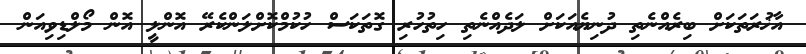
އާޚުރަތަކަށް ބިރެއްނެތި ދުނިޔެއަކަށް ލަދެއްނެތި ހިތުހުރި ގޮތަކަސް ހުކުމްކޮށްލަންކެރޭ އޮންލީ އޮން މޯލްޑިވިއަން